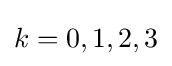
k=0,1,2,3